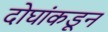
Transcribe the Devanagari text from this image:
दोघांकडून